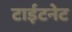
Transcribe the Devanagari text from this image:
टाईटनेट